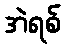
အဲရစ်